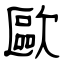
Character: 歐